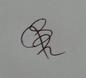
Signature authenticity: genuine